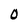
Character: O